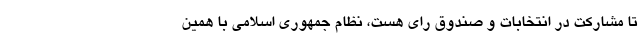
تا مشارکت در انتخابات و صندوق رای هست، نظام جمهوری اسلامی با همین